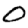
Digit: 0